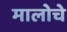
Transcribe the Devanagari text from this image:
मालोचे